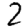
Digit: 2